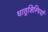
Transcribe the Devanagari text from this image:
धातुशिल्पियों